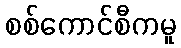
စစ်ကောင်စီကမူ